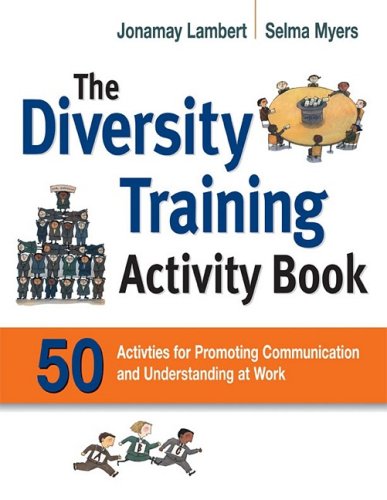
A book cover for The Diversity Training Activity Book: 50 Activities for Promoting Communication and Understanding at Work; Jonamay Lambert; Business & Money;